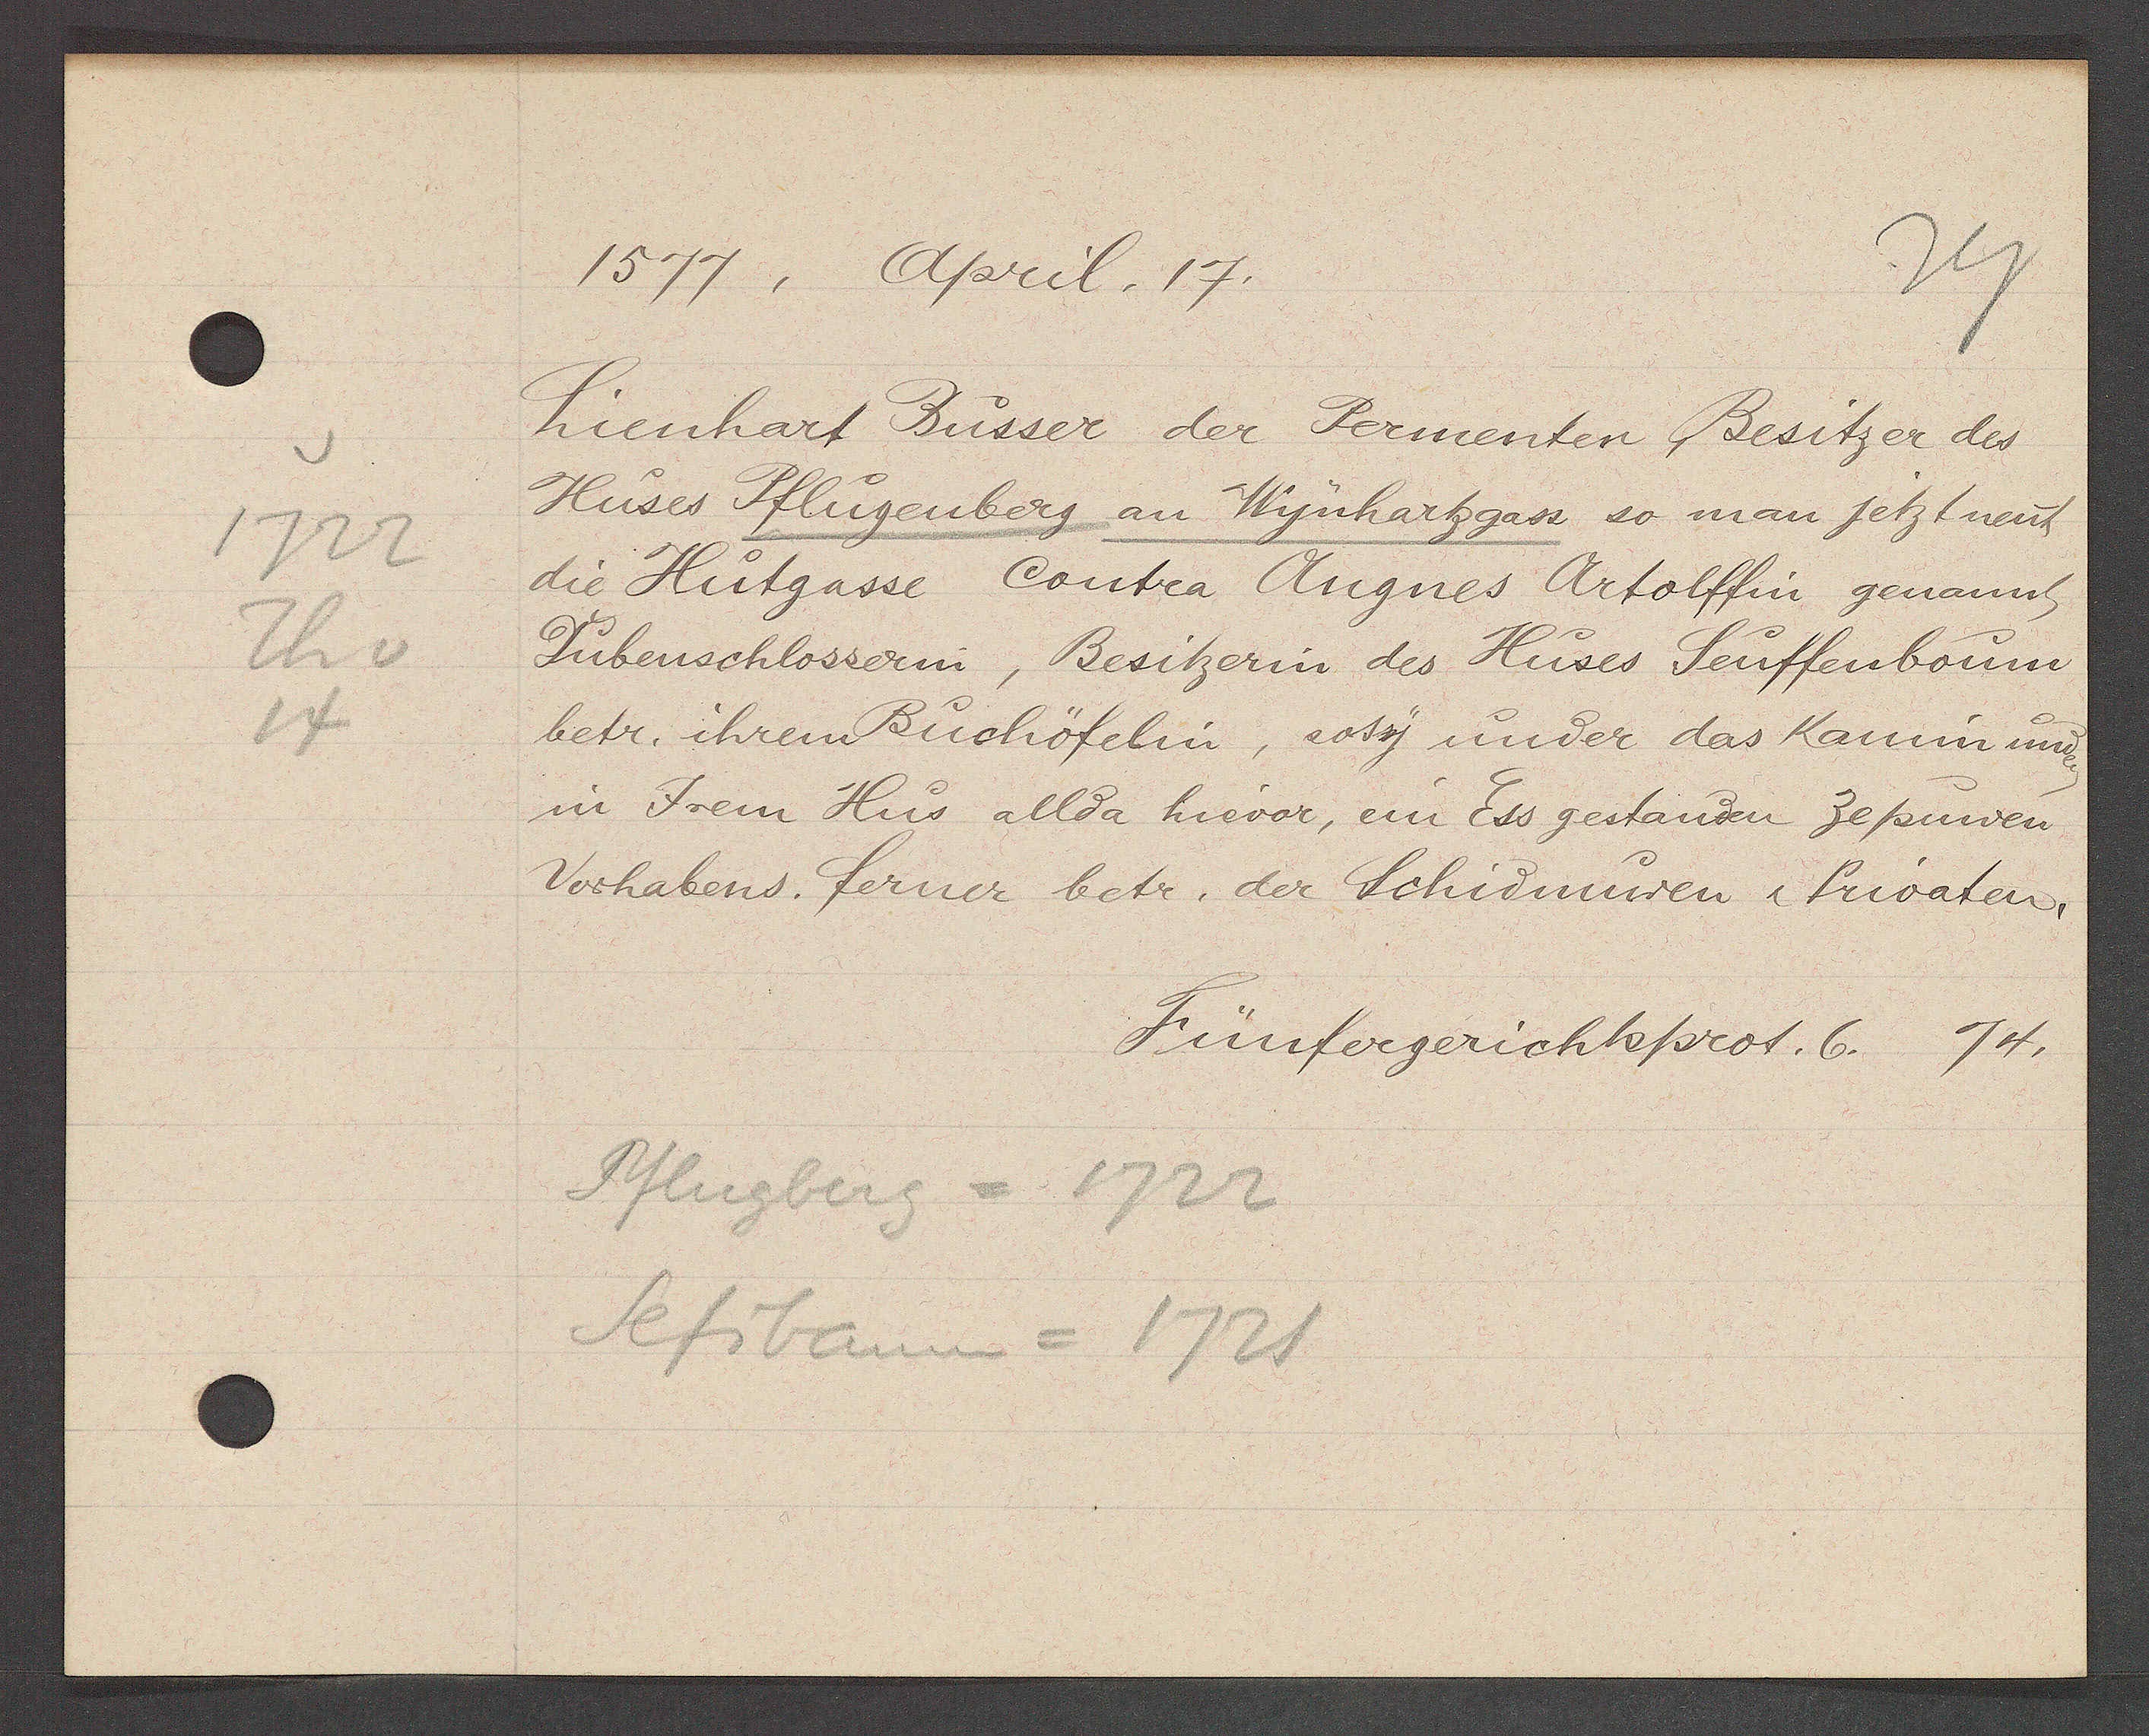
Transcript:
1722
Th v
14

1577, April. 17.

Lienhart Busser der Permenter, Besitzer des
Huses Pflugenberg an Wynhartzgass so man jetzt neut
die Hutgasse Contra Angnes Artolffin genannt
Tubenschlosserin, Besitzerin des Huses Seuffenboum
betr. ihrem Buchöfelin, sosy under das Kamin und
in Irem Hus allda hievor, ein Ess gestanden Zepuwen
Vorhabens. ferner betr. der Schidmurer & Privaten.

Pflugberg
= 1722
Sefibaum = 1721

Fünfergerichtsprot. 6. 74.